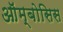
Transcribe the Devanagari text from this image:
ऑम्बोसिस